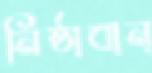
নিষ্ঠাবান্‌